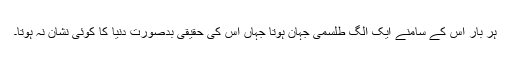
ہر بار اس کے سامنے ایک الگ طلسمی جہان ہوتا جہاں اس کی حقیقی بدصورت دنیا کا کوئی نشان نہ ہوتا۔